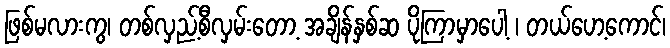
ဖြစ်မလားကွ၊ တစ်လှည့်စီလှမ်းတော့ အချိန်နှစ်ဆ ပိုကြာမှာပေါ့ ၊ တယ်ဟေ့ကောင်၊